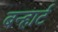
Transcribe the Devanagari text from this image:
बन्हार्ट